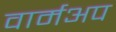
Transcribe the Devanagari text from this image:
वार्मअप